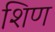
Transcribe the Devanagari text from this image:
शिण